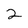
Character: 2